Vaccination in the Punjab 1919-1929 - 1919-1929
Year: 1919
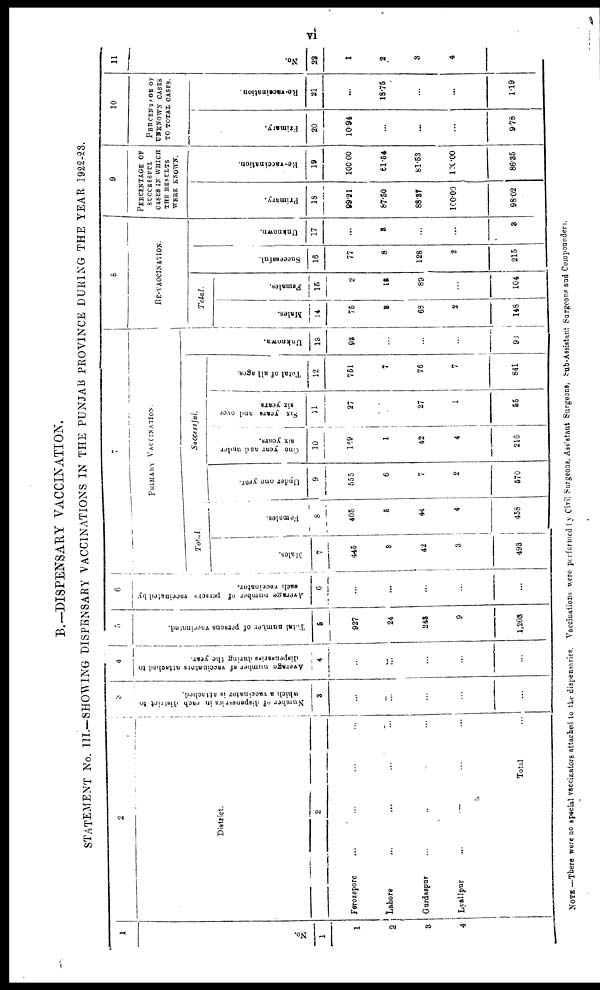
vi
B.-DISPENSARY VACCINATION.
STATEMENT No. III—SHOWING DISPENSARY VACCINATIONS IN THE PUNJAB PROVINCE DURING THE YEAR 1922-23.
1
No.
1
1
2
3
4
2
District.
2
Ferozepore ... ... ... ...
Lahore ... ... ... ...
Gurdaspar ... ... ... ...
Lyallpur ... ... ... ...
Total ...
3
Number of dispensaries
in each district to
which a vaccinator is attached.
3
...
...
...
...
...
4
Average number of vaccinators
attached to
dispensaries during the year.
4
...
...
...
...
...
5
Total number of persons vaccinated.
5
927
24
243
9
1,203
6
Average number of persons vaccinated by
each vaccinator.
6
...
...
...
...
...
7
PRIMARY VACCINATION.
Total.
Males.
7
445
3
42
3
493
Females.
8
405
5
44
4
458
Under one year.
9
555
6
7
2
570
Successful.
One year and under
six years.
10
169
1
42
4
216
Six years and over
six years
11
27
27
1
55
Total of all
.
12
751
7
76
7
841
Unknown.
13
93
...
...
...
93
8
RE-VACCINATION.
Total.
Males.
14
75
3
68
2
148
Females.
15
2
13
89
...
104
Successful.
16
77
8
128
2
215
Unknown.
17
...
8
...
...
3
9
PERCENTAGE OF
SUCCESSFUL
CASES IN WHICH
THE RESULTS
WERE KNOWN.
Primary.
18
99.21
87.50
88.37
100.00
98.02
Re-vaccination.
19
100.00
61.54
81.53
100.00
86.35
10
PERCENTAGE OF
UNKNOWN CASES
TO TOTAL CASES.
Primary.
20
10.94
...
...
...
9.78
Re-vacaination.
21
...
18.75
...
...
1.19
11
No.
22
1
2
3
4
NOTE -There were no special vaccinators attached to the dispensaries. Vaccinations were performed by Civil Surgeons, Assitant Surgeons, Sub-Assistant Surgeons and Compounders.